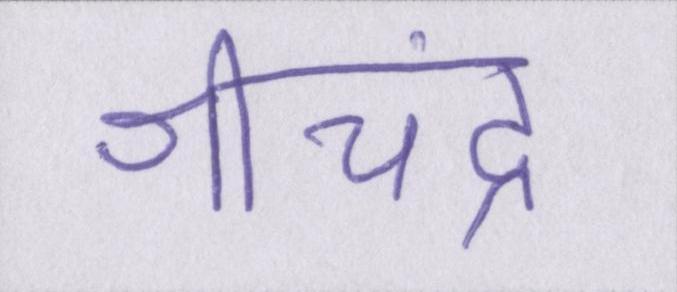
श्रीचंद्र